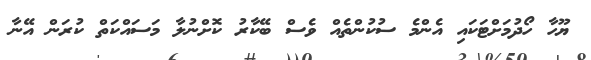
ޔޫހާ ހޯދުމަށްޓަކައި އެންމެ ސުކުންތެއް ވެސް ބޭކާރު ކޮށްނުލާ މަސައްކަތް ކުރަން އޭނާ